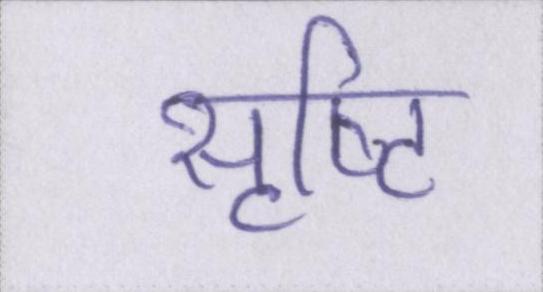
सृष्टि